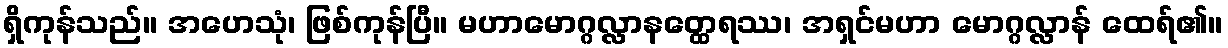
ရှိကုန်သည်။ အဟေသုံ၊ ဖြစ်ကုန်ပြီ။ မဟာမောဂ္ဂလ္လာနတ္ထေရဿ၊ အရှင်မဟာ မောဂ္ဂလ္လာန် ထေရ်၏။